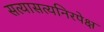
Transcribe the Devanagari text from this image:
सत्यासत्यनिरपेक्ष